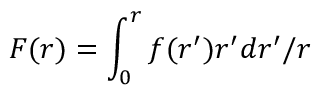
F ( r ) = \int _ { 0 } ^ { r } f ( r ^ { \prime } ) r ^ { \prime } d r ^ { \prime } / r